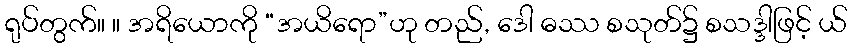
ရုပ်တွက်။ ။ အရိယောကို “အယိရော”ဟု တည်, ဒေါ ဓဿ စသုတ်၌ စသဒ္ဒါဖြင့် ယ်